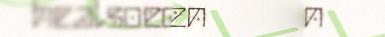
healsoedïenesjen